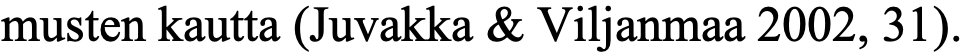
musten kautta (Juvakka & Viljanmaa 2002, 31).